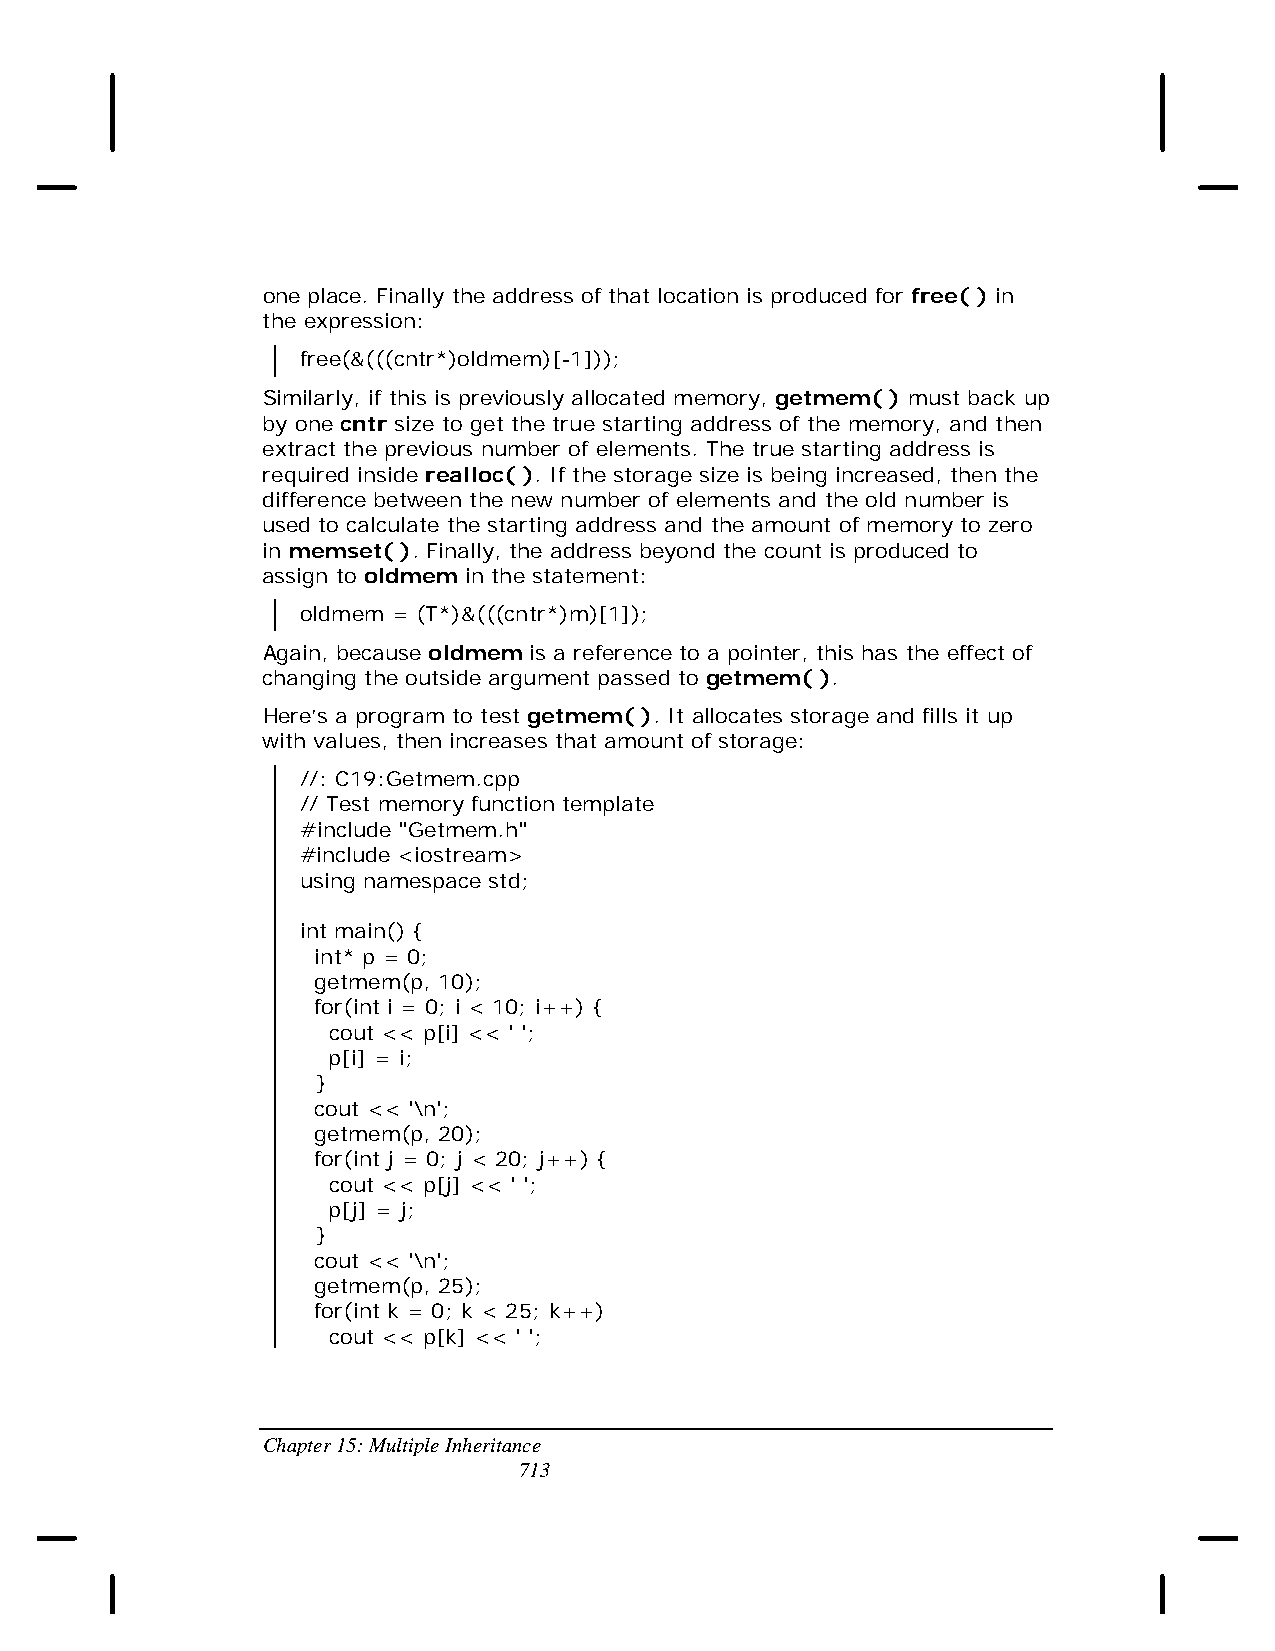
one place. Finally the address of that location is produced for free( ) in
 the expression:
 free(&(((cntr*)oldmem)[-1]));
 Similarly, if this is previously allocated memory, getmem( ) must back up
 by one cntr size to get the true starting address of the memory, and then
 extract the previous number of elements. The true starting address is
 required inside realloc( ). If the storage size is being increased, then the
 difference between the new number of elements and the old number is
 used to calculate the starting address and the amount of memory to zero
 in memset( ). Finally, the address beyond the count is produced to
 assign to oldmem in the statement:
 oldmem = (T*)&(((cntr*)m)[1]);
 Again, because oldmem is a reference to a pointer, this has the effect of
 changing the outside argument passed to getmem( ).
 Here’s a program to test getmem( ). It allocates storage and fills it up
 with values, then increases that amount of storage:
 //: C19:Getmem.cpp
 // Test memory function template
 #include "Getmem.h"
 #include <iostream>
 using namespace std;
 int main() {
 int* p = 0;
 getmem(p, 10);
 for(int i = 0; i < 10; i++) {
 cout << p[i] << ' ';
 p[i] = i;
 }
 cout << '\n';
 getmem(p, 20);
 for(int j = 0; j < 20; j++) {
 cout << p[j] << ' ';
 p[j] = j;
 }
 cout << '\n';
 getmem(p, 25);
 for(int k = 0; k < 25; k++)
 cout << p[k] << ' ';
 Chapter 15: Multiple Inheritance
 713